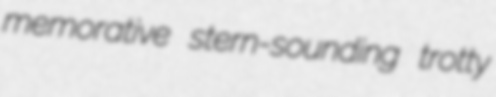
memorative stern-sounding trotty